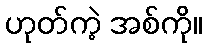
ဟုတ်ကဲ့ အစ်ကို။